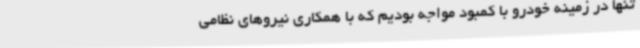
تنها در زمینه خودرو با کمبود مواجه بودیم که با همکاری نیروهای نظامی